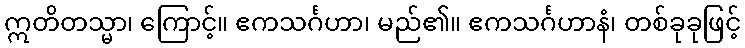
ဣတိတသ္မာ၊ ကြောင့်။ ဧကသင်္ဂဟာ၊ မည်၏။ ဧကသင်္ဂဟာနံ၊ တစ်ခုခုဖြင့်